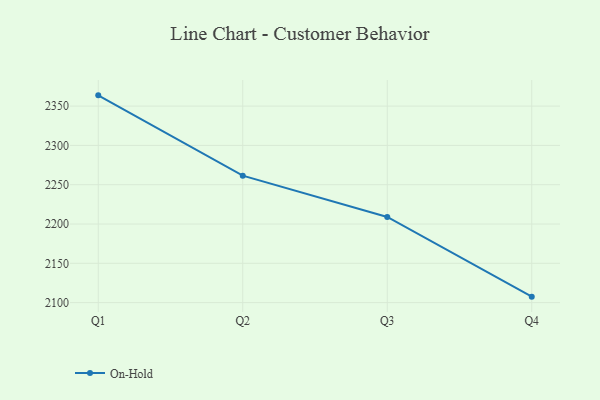
{"axis": {"x": "Quarter", "y": "Tickets Resolved"}, "legend": ["On-Hold"], "data": [{"x": "Q1", "y": 2363.7, "type": "On-Hold"}, {"x": "Q2", "y": 2261.5, "type": "On-Hold"}, {"x": "Q3", "y": 2209.0, "type": "On-Hold"}, {"x": "Q4", "y": 2107.6, "type": "On-Hold"}]}